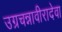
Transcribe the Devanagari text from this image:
उग्रचन्नावीरादेवा